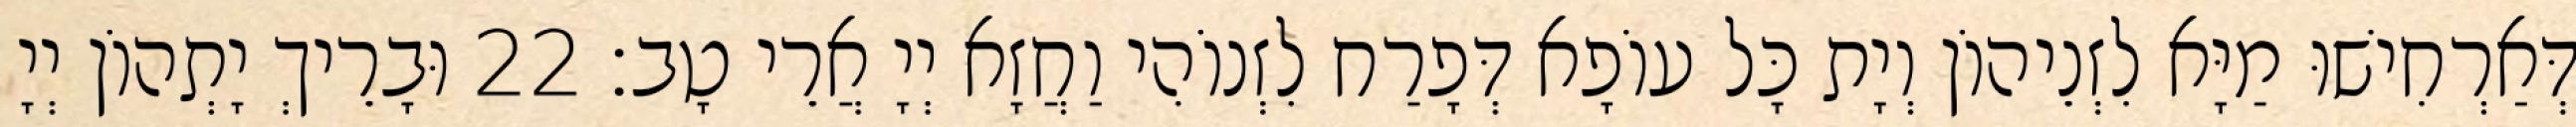
דְּאַרְחִישׁוּ מַיָּא לִזְנֵיהוֹן וְיָת כָּל עוֹפָא דְּפָרַח לִזְנוֹהִי וַחֲזָא יְיָ אֲרֵי טָב׃ 22 וּבָרֵיךְ יָתְהוֹן יְיָ